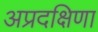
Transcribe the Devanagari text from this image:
अप्रदक्षिणा